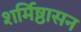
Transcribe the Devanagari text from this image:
शर्मिष्ठासन